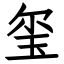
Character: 玺